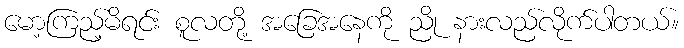
မော့ကြည့်မိရင်း စူလတို့ အခြေအနေကို ညို နားလည်လိုက်ပါတယ်။